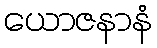
ယောဇနာနံ